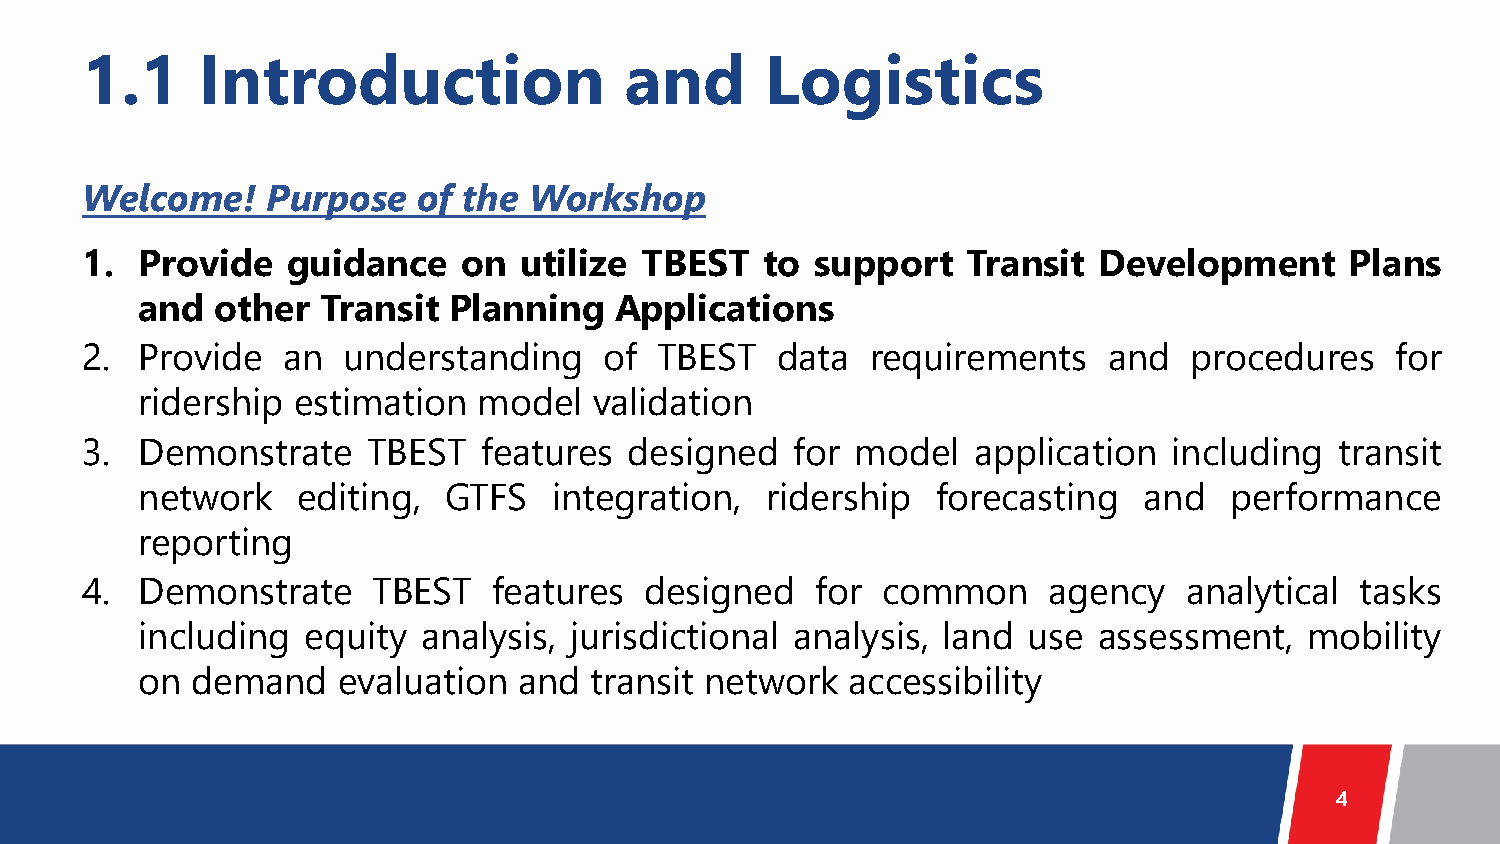
1.1     Introduction                and       Logistics
 Welcome!     Purpose   of the Workshop
 1.  Provide   guidance    on utilize TBEST    to support   Transit  Development     Plans
 and  other  Transit  Planning   Applications
 2.  Provide   an  understanding    of TBEST   data   requirements   and   procedures   for
 ridership estimation   model  validation
 3.  Demonstrate    TBEST   features  designed   for model  application   including  transit
 network    editing, GTFS    integration,  ridership  forecasting   and  performance
 reporting
 4.  Demonstrate     TBEST   features  designed   for common     agency   analytical  tasks
 including  equity  analysis, jurisdictional analysis, land use  assessment,   mobility
 on  demand   evaluation  and  transit network  accessibility
 4